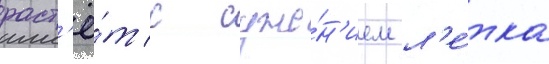
раст'ё́т с суже́н'ием л'е́тка